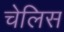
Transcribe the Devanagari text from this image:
चेलिस